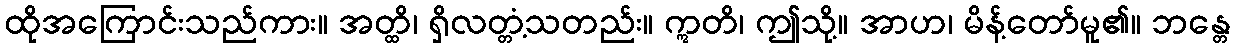
ထိုအကြောင်းသည်ကား။ အတ္ထိ၊ ရှိလတ္တံ့သတည်း။ ဣတိ၊ ဤသို့။ အာဟ၊ မိန့်တော်မူ၏။ ဘန္တေ